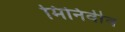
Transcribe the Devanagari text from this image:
मिनिवीव